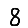
Digit: 8